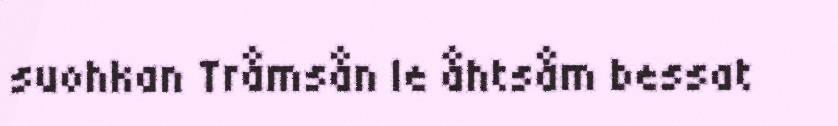
suohkan Tråmsån le åhtsåm bessat